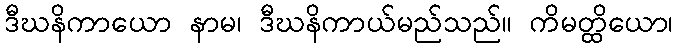
ဒီဃနိကာယော နာမ၊ ဒီဃနိကာယ်မည်သည်။ ကိမတ္ထိယော၊